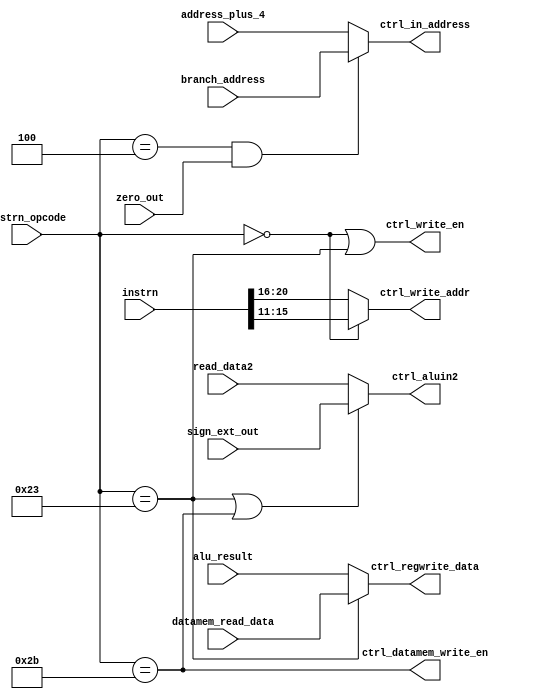
module Control_Logic
(
    instrn,
	instrn_opcode,
	address_plus_4,
	branch_address,
	ctrl_in_address,
	alu_result,
	zero_out,
	ctrl_write_en,
	ctrl_write_addr,
	read_data2,
	sign_ext_out,
	ctrl_aluin2,
	ctrl_datamem_write_en,
	datamem_read_data,
	ctrl_regwrite_data
);

input [31:0] instrn;	 
input [5:0] instrn_opcode;
input [31:0] address_plus_4;
input [31:0] branch_address;
input [31:0] datamem_read_data;
input [31:0] alu_result;
input zero_out;
input [31:0] read_data2;
input [31:0] sign_ext_out;

output wire [31:0] ctrl_in_address;
output wire ctrl_write_en;
output wire [4:0] ctrl_write_addr;
output wire [31:0] ctrl_aluin2;
output wire ctrl_datamem_write_en;
output wire [31:0] ctrl_regwrite_data;

assign ctrl_in_address = (instrn_opcode==6'h04 && zero_out) ? branch_address : address_plus_4;
assign ctrl_write_en = (instrn_opcode==6'h00) || (instrn_opcode==6'h23);
assign ctrl_write_addr = (instrn_opcode==6'h00) ? instrn[15:11] : instrn[20:16];
assign ctrl_regwrite_data = (instrn_opcode==6'h23) ? datamem_read_data : alu_result;
assign ctrl_aluin2 = (instrn_opcode==6'h23 || instrn_opcode==6'h2B) ? sign_ext_out : read_data2;
assign ctrl_datamem_write_en = (instrn_opcode==6'h2B); 

endmodule